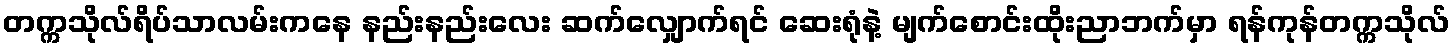
တက္ကသိုလ်ရိပ်သာလမ်းကနေ နည်းနည်းလေး ဆက်လျှောက်ရင် ဆေးရုံနဲ့ မျက်စောင်းထိုးညာဘက်မှာ ရန်ကုန်တက္ကသိုလ်